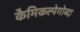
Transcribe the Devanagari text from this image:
कैमिकल्पेगोव्दा